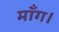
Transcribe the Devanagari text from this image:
माँग।